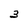
Character: 3